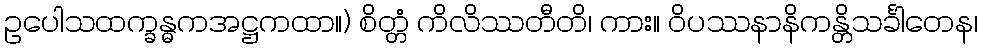
ဥပေါသထက္ခန္ဓကအဋ္ဌကထာ။) စိတ္တံ ကိလိဿတီတိ၊ ကား။ ဝိပဿနာနိကန္တိသင်္ခါတေန၊